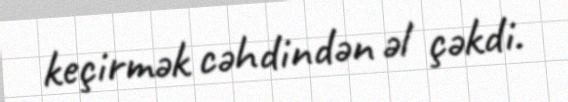
keçirmək cəhdindən əl çəkdi.